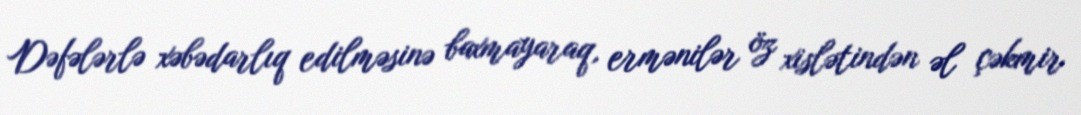
Dəfələrlə xəbədarlıq edilməsinə baxmayaraq, ermənilər öz xislətindən əl çəkmir